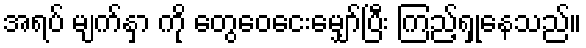
အရပ် မျက်နှာ ကို တွေဝေငေးမျှော်ပြီး ကြည့်ရှုနေသည်။